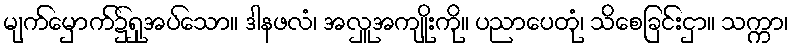
မျက်မှောက်၌ရှုအပ်သော။ ဒါနဖလံ၊ အလှူအကျိုးကို။ ပညာပေတုံ၊ သိစေခြင်းငှာ။ သက္ကာ၊